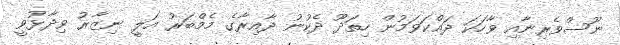
ނޫސްވެރިނާއި ވާހަކަ ދައްކަވަމުން ހިތަދޫ ދެކުނު ދާއިރާގެ މެމްބަރު އަލީ ނިޒާރު ވިދާޅުވީ